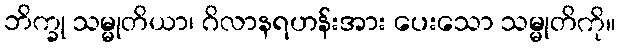
ဘိက္ခု သမ္မုတိယာ၊ ဂိလာနရဟန်းအား ပေးသော သမ္မုတိကို။